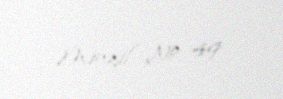
Mənzil № 49